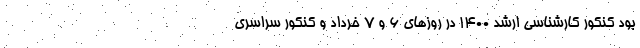
بود کنکور کارشناسی ارشد ۱۴۰۰ در روزهای ۶ و ۷ خرداد و کنکور سراسری